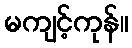
မကျင့်ကုန်။